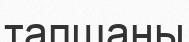
тапшаны